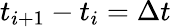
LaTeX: t_{i+1}-t_{i}=\Delta t